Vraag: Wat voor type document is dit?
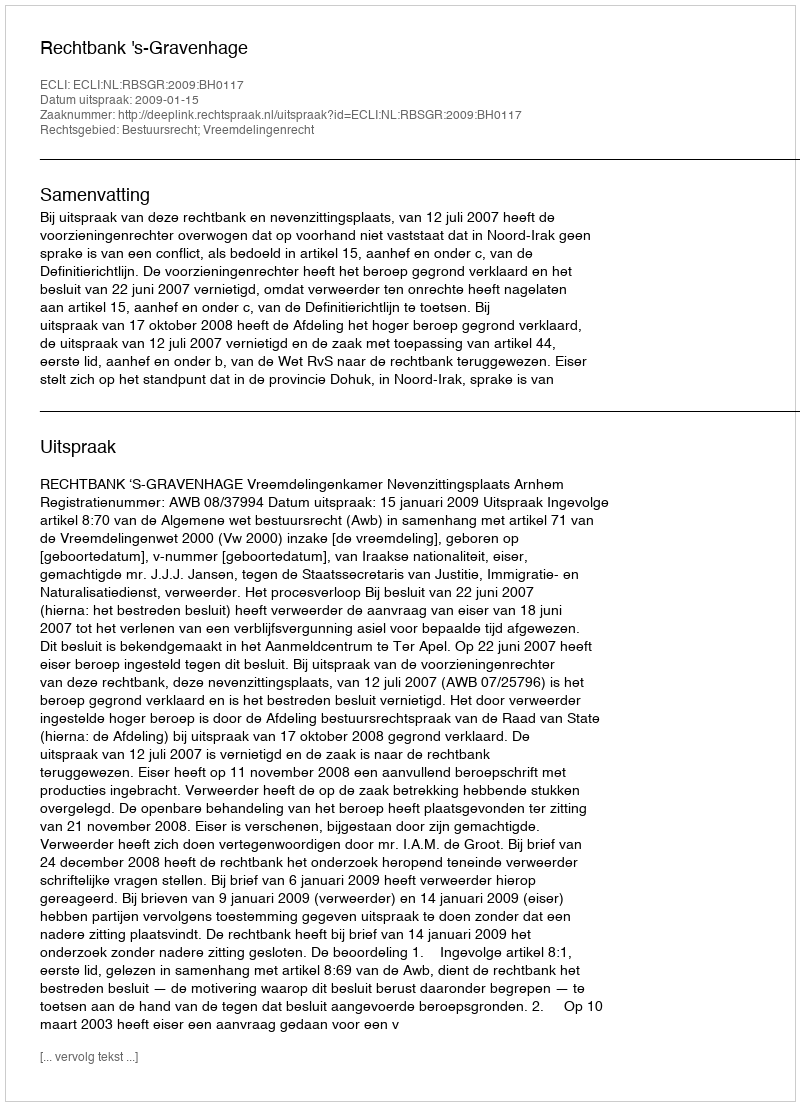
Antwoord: Uitspraak